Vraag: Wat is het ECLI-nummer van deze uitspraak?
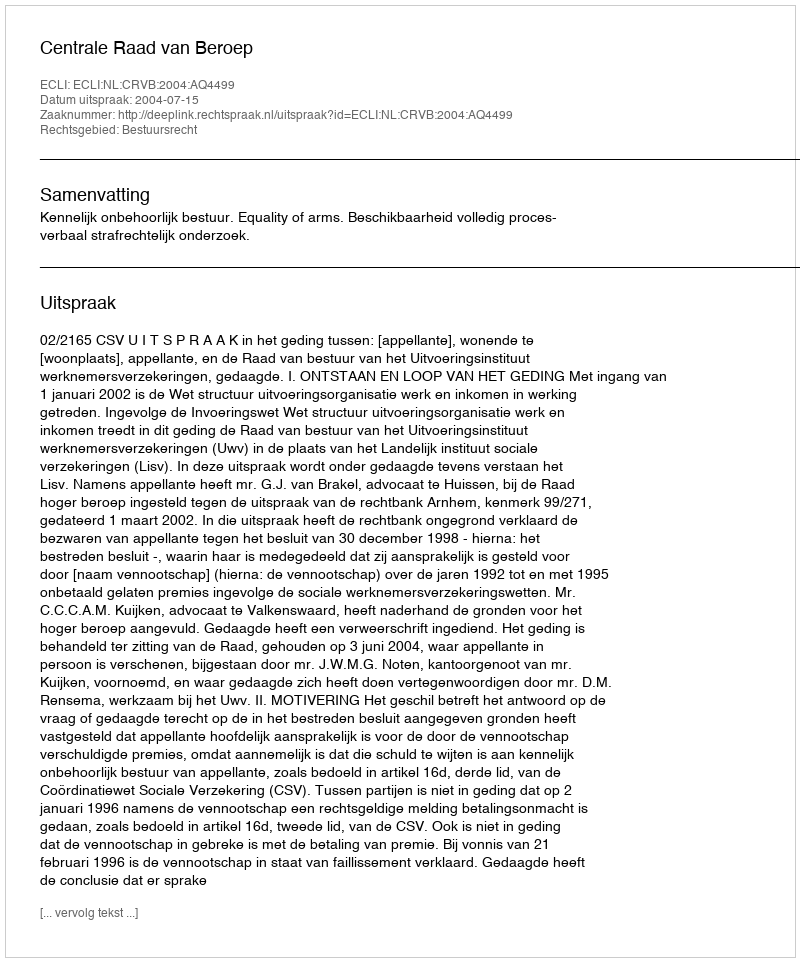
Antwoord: ECLI:NL:CRVB:2004:AQ4499